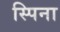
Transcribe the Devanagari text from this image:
स्पिना